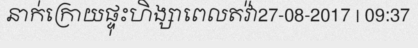
នាក់ក្រោយផ្ទុះហិង្សាពេលតវ៉ា27-08-2017 | 09:37